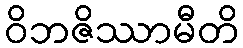
ဝိဘဇိဿာမီတိ